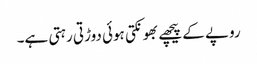
روپے کے پیچھے بھونکتی ہوئی دوڑتی رہتی ہے۔